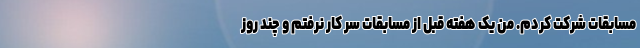
مسابقات شرکت کردم. من یک هفته قبل از مسابقات سر کار نرفتم و چند روز